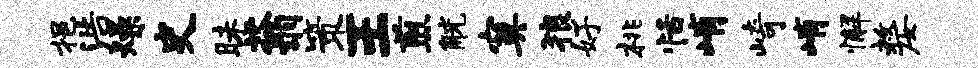
挹浩燥史昧蓊策王煎觥寞狼好桃恬峭崎峭懈嫠